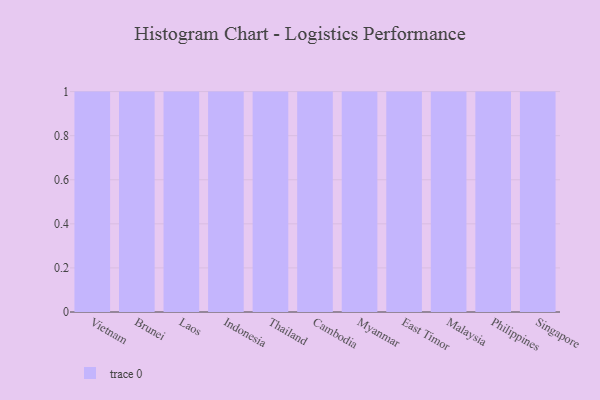
{"axis": {"x": "Country", "y": "Conversion Rate (%)"}, "legend": [""], "data": [{"x": "Vietnam", "y": 78, "type": ""}, {"x": "Brunei", "y": 86, "type": ""}, {"x": "Laos", "y": 55, "type": ""}, {"x": "Indonesia", "y": 1, "type": ""}, {"x": "Thailand", "y": 90, "type": ""}, {"x": "Cambodia", "y": 6, "type": ""}, {"x": "Myanmar", "y": 26, "type": ""}, {"x": "East Timor", "y": 7, "type": ""}, {"x": "Malaysia", "y": 46, "type": ""}, {"x": "Philippines", "y": 1, "type": ""}, {"x": "Singapore", "y": 84, "type": ""}]}